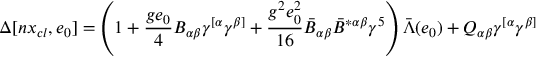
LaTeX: \Delta [ n x _ { c l } , e _ { 0 } ] = \left( 1 + \frac { g e _ { 0 } } { 4 } B _ { \alpha \beta } \gamma ^ { [ \alpha } \gamma ^ { \beta ] } + \frac { g ^ { 2 } e _ { 0 } ^ { 2 } } { 1 6 } \bar { B } _ { \alpha \beta } \bar { B } ^ { * \alpha \beta } \gamma ^ { 5 } \right) \bar { \Lambda } ( e _ { 0 } ) + Q _ { \alpha \beta } \gamma ^ { [ \alpha } \gamma ^ { \beta ] }